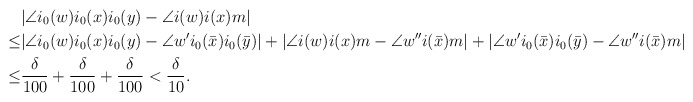
\begin{align*}& |\angle{i_0(w)i_0(x)i_0(y)}-\angle{i(w)i(x)m}|\\\leq & |\angle{i_0(w)i_0(x)i_0(y)}-\angle{w'i_0(\bar{x})i_0(\bar{y})}|+|\angle{i(w)i(x)m}-\angle{w''i(\bar{x})m}|+|\angle{w'i_0(\bar{x})i_0(\bar{y})}-\angle{w''i(\bar{x})m}|\\\leq &\frac{\delta}{100}+\frac{\delta}{100}+\frac{\delta}{100}<\frac{\delta}{10}.\end{align*}